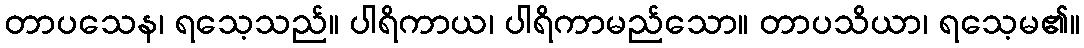
တာပသေန၊ ရသေ့သည်။ ပါရိကာယ၊ ပါရိကာမည်သော။ တာပသိယာ၊ ရသေ့မ၏။